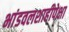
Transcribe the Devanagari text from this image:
भांडवलशाहीपेक्षा